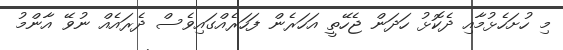
މި ހުށަހެޅުމާއި ދެކޮޅު ހަދަން ޖެހޭތީ އަހަރެން ފަހަރެއްގައިވެސް ދެރައެއް ނުވޭ އާންމު